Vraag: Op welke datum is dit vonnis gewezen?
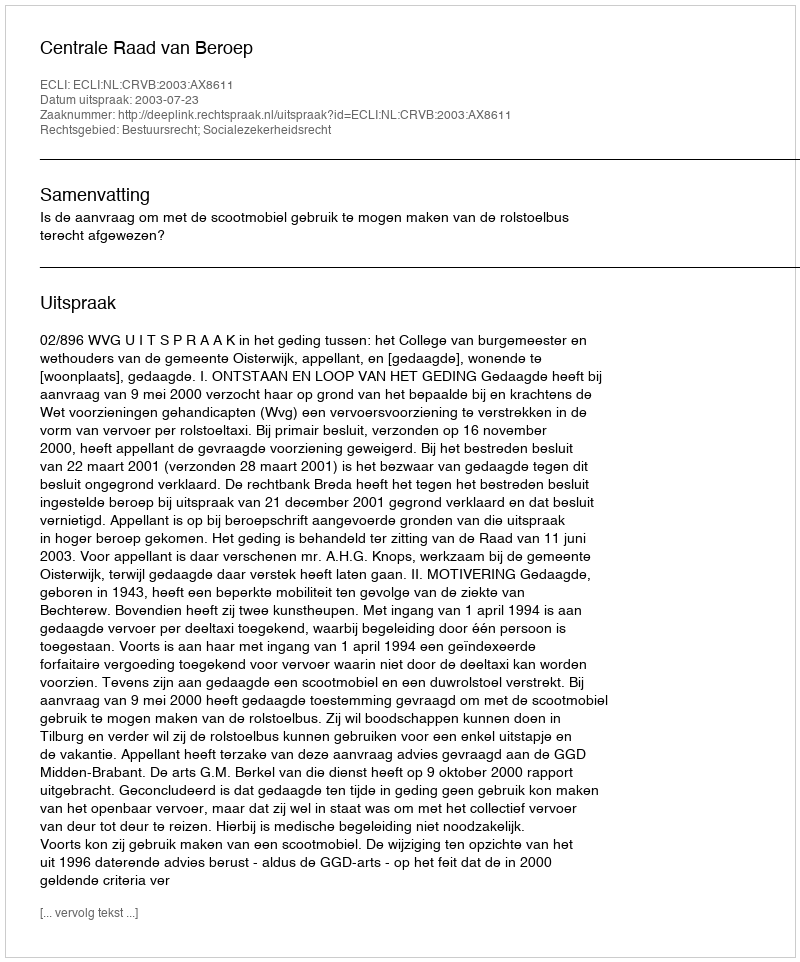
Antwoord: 2003-07-23